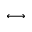
\longleftrightarrow